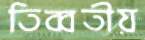
তিব্বতীয়